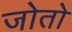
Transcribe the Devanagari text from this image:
जोतो